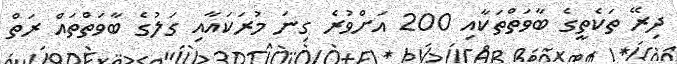
ދިރޭ ތަކެތީގެ ބާވަތްތަކާއި 200 އަށްވުރެ ގިނަ މުރަކައާއި ގަލުގެ ބާވަތްތައް ރަތް